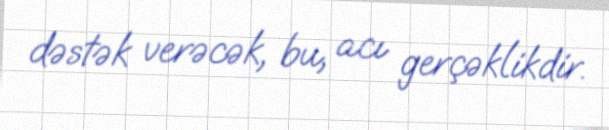
dəstək verəcək, bu, acı gerçəklikdir.